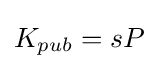
\textstyle K_{pub}=sP